Dysentery in Hazaribagh Central Jail - Number 52
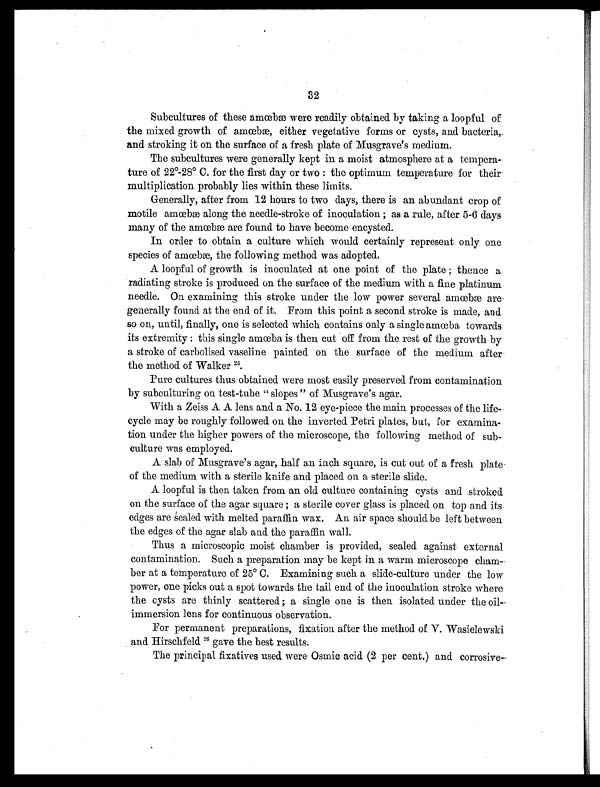
32
Subcultures of these amœbæ were readily obtained by taking a loopful of
the mixed growth of amœbæ, either vegetative forms or cysts, and bacteria,.
and stroking it on the surface of a fresh plate of Musgrave's medium.
The subcultures were generally kept in a moist atmosphere at a tempera-
ture of 22°-28° C. for the first day or two : the optimum temperature for their
multiplication probably lies within these limits.
Generally, after from 12 hours to two days, there is an abundant crop of
motile amœbæ along the needle-stroke of inoculation ; as a rule, after 5-6 days
many of the amœbæ are found to have become encysted.
In order to obtain a culture which would certainly represent only one
species of amœbæ, the following method was adopted.
A loopful of growth is inoculated at one point of the plate ; thence a
radiating stroke is produced on the surface of the medium with a fine platinum
needle. On examining this stroke under the low power several amœbæ are.
generally found. at the end of it. From this point a second stroke is made, and
so on, until, finally, one is selected which contains only a single amœba towards
its extremity : this single amœba is then cut off from the rest of the growth by
a stroke of carbolised vaseline painted on the surface of the medium after
the method of Walker 2 5
.
Pure cultures thus obtained were most easily preserved from contamination
by subculturing on test-tube " slopes " of Musgrave's agar.
With a Zeiss A A lens and a No. 12 eye-piece the main processes of the life-
cycle may be roughly followed on the inverted Petri plates, but, for examina-
tion under the higher powers of the microscope, the following method of sub-
culture was employed.
A slab of Musgrave's agar, half an inch square, is cut out of a fresh plate.
of the medium with a sterile knife and placed on a sterile slide.
A loopful is then taken from an old culture containing cysts and stroked
on the surface of the agar square ; a sterile cover glass is placed on top and its
edges are Sealed with melted paraffin wax. An air space should be left between
the edges of the agar slab and the paraffin wall.
Thus a microscopic moist chamber is provided, sealed against external
contamination. Such a preparation may be kept in a warm microscope cham-
ber at a temperature of 25° C. Examining such a slide-culture under the low
power, one picks out a spot towards the tail end of the inoculation stroke where
the cysts are thinly scattered ; a single one is then isolated under the oil
-immersion lens for continuous observation.
For permanent preparations, fixation after the method of V. Wasielewski
and. Hirschfeld 26 gave the best results.
The principal fixatives used were Osmic acid (2 per cent.) and corrosive